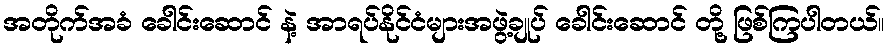
အတိုက်အခံ ခေါင်းဆောင် နဲ့ အာရပ်နိုင်ငံများအဖွဲ့ချုပ် ခေါင်းဆောင် တို့ ဖြစ်ကြပါတယ်။